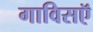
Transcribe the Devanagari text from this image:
गाविसऍ